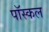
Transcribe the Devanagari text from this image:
पॉस्कल